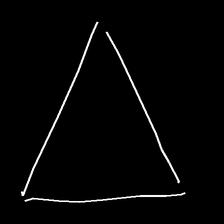
Glyph: convergence